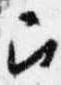
召